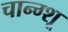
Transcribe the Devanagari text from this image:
चान्ग्शू